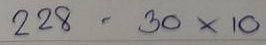
228 - 30 x 10